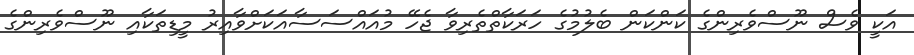
އަކީ ވެސް ނޫސްވެެރިންގެ ކަންކަން ބެލުމުގެ ހަރަކާތްތެރިވާ ޖެހޭ މުއައްސަސާއަކަށްވާއިރު މީޑިތަކާއި ނޫސްވެރިންގެ